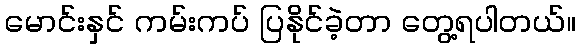
မောင်းနှင် ကမ်းကပ် ပြနိုင်ခဲ့တာ တွေ့ရပါတယ်။